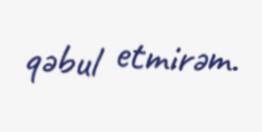
qəbul etmirəm.